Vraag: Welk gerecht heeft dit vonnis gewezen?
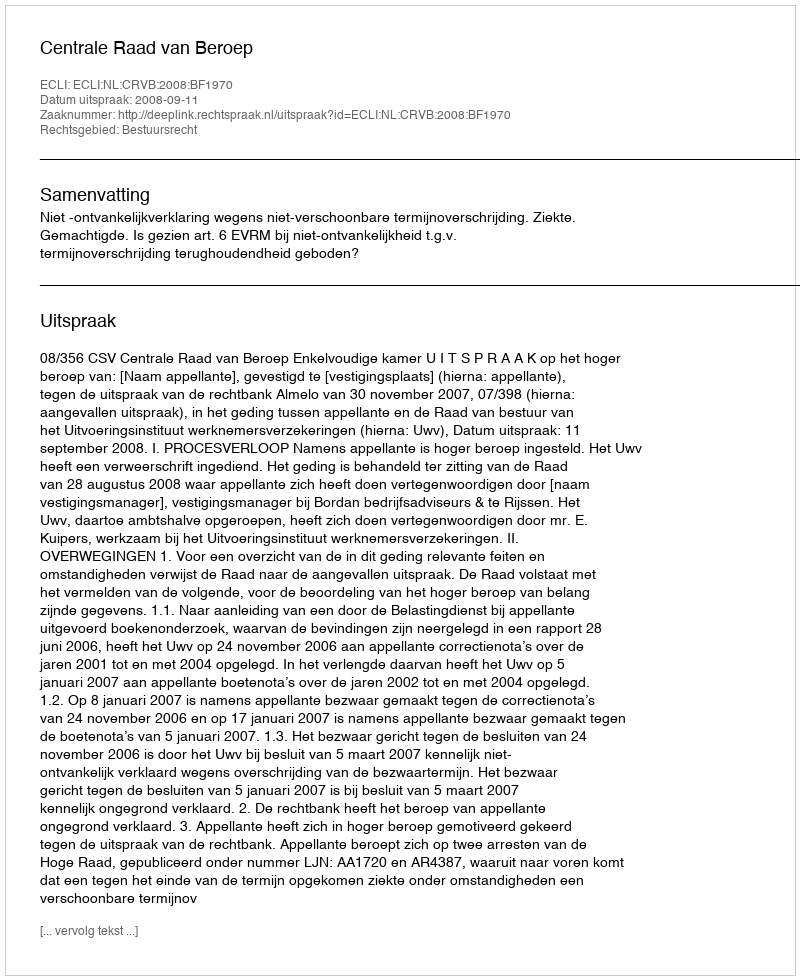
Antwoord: Centrale Raad van Beroep